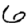
Digit: 6